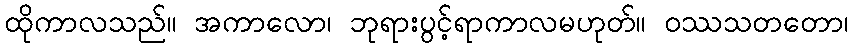
ထိုကာလသည်။ အကာလော၊ ဘုရားပွင့်ရာကာလမဟုတ်။ ဝဿသတတော၊